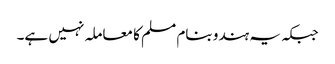
جبکہ یہ ہندو بنام مسلم کا معاملہ نہیں ہے۔